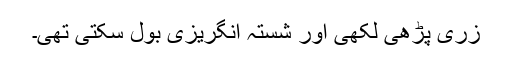
زری پڑھی لکھی اور شستہ انگریزی بول سکتی تھی۔